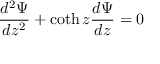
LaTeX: \frac { d ^ { 2 } \Psi } { d z ^ { 2 } } + \coth z \frac { d \Psi } { d z } = 0